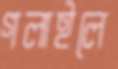
গলাইলে